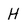
Character: H